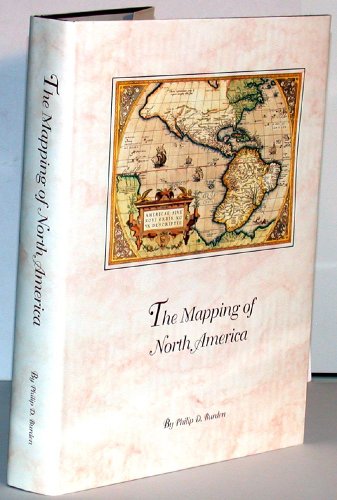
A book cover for The Mapping of North America; Philip D. Burden; Christian Books & Bibles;